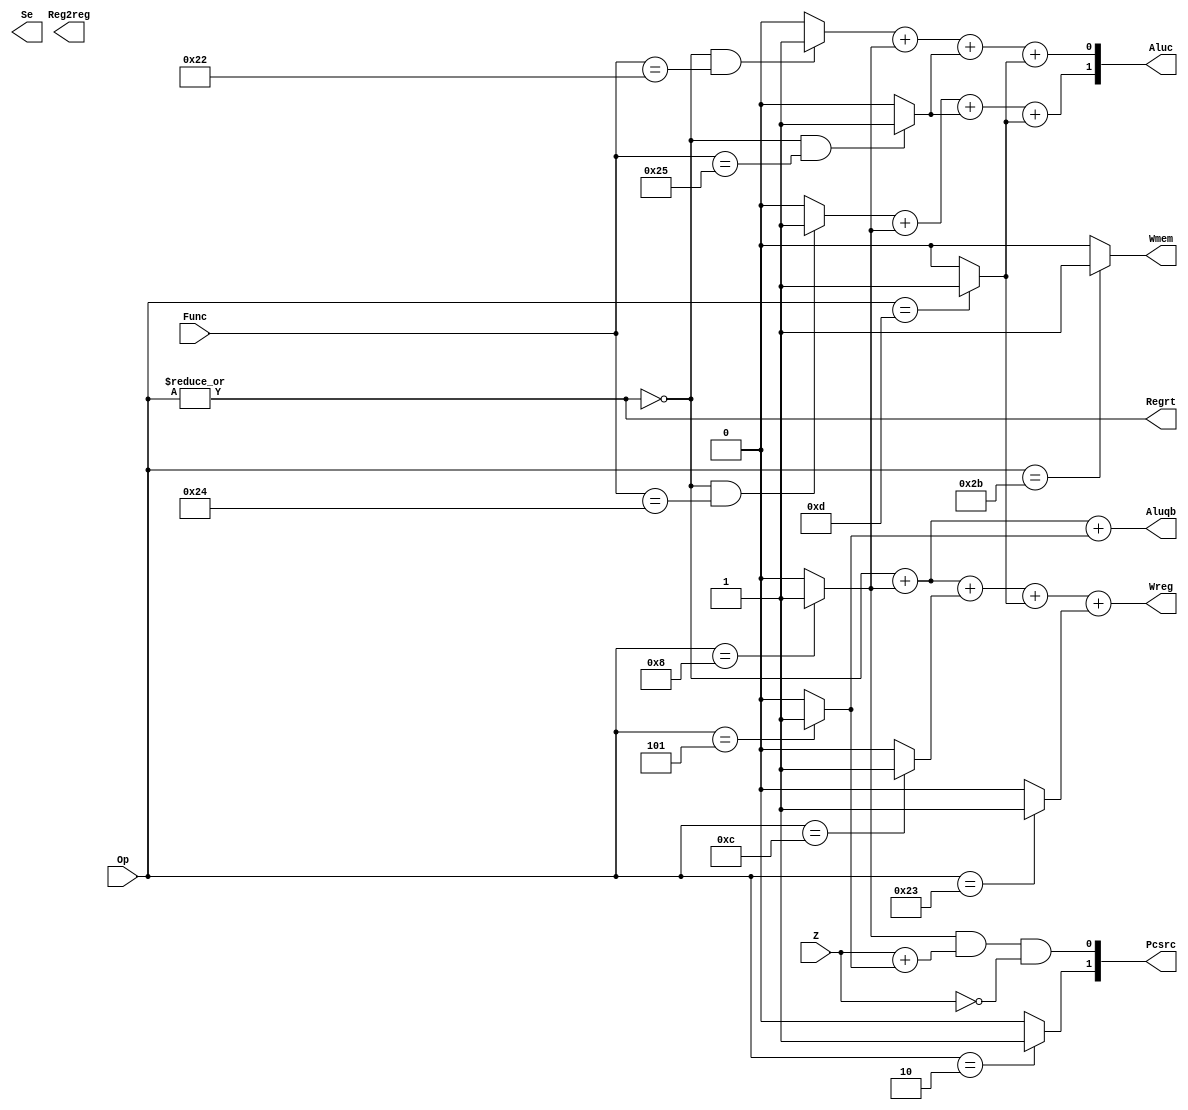
module CONUNIT(Op,Func,Z,Regrt,Se,Wreg,Aluqb,Aluc,Wmem,Pcsrc,Reg2reg);
input [5:0]Op,Func;
input Z;
output Regrt,Se,Wreg,Aluqb,Wmem,Reg2reg;
output [1:0]Pcsrc,Aluc;

wire R_type=~|Op;
wire i_add=R_type&(Func==6'b100000)?1:0;
wire i_sub=R_type&(Func==6'b100010)?1:0;
wire i_and=R_type&(Func==6'b100100)?1:0;
wire i_or=R_type&(Func==6'b100101)?1:0;
wire i_addi=(Op==6'b001000)?1:0;
wire i_andi=(Op==6'b001100)?1:0;
wire i_ori=(Op==6'b001101)?1:0;
wire i_lw=(Op==6'b100011)?1:0;
wire i_sw=(Op==6'b101011)?1:0;
wire i_beq=(Op==6'b001000)?1:0;
wire i_bne=(Op==6'b000101)?1:0;
wire i_j=(Op==6'b000010)?1:0;

assign Regrt=~R_type;
assign Sext=~(i_addi+i_ori);
assign Wreg=R_type+i_addi+i_andi+i_ori+i_lw;
assign Aluqb=R_type+i_beq+i_bne;
assign Wmem=i_sw;
assign Aluc[1]=i_and+i_addi+i_or+i_ori;
assign Aluc[0]=i_sub+i_beq+i_or+i_ori;
assign Pcsrc[1]=i_j;
assign Pcsrc[0]=i_beq&Z+i_bne&~Z;
endmodule